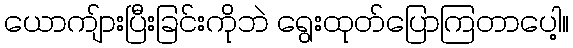
ယောကျ်ားပြီးခြင်းကိုဘဲ ရွေးထုတ်ပြောကြတာပေါ့။